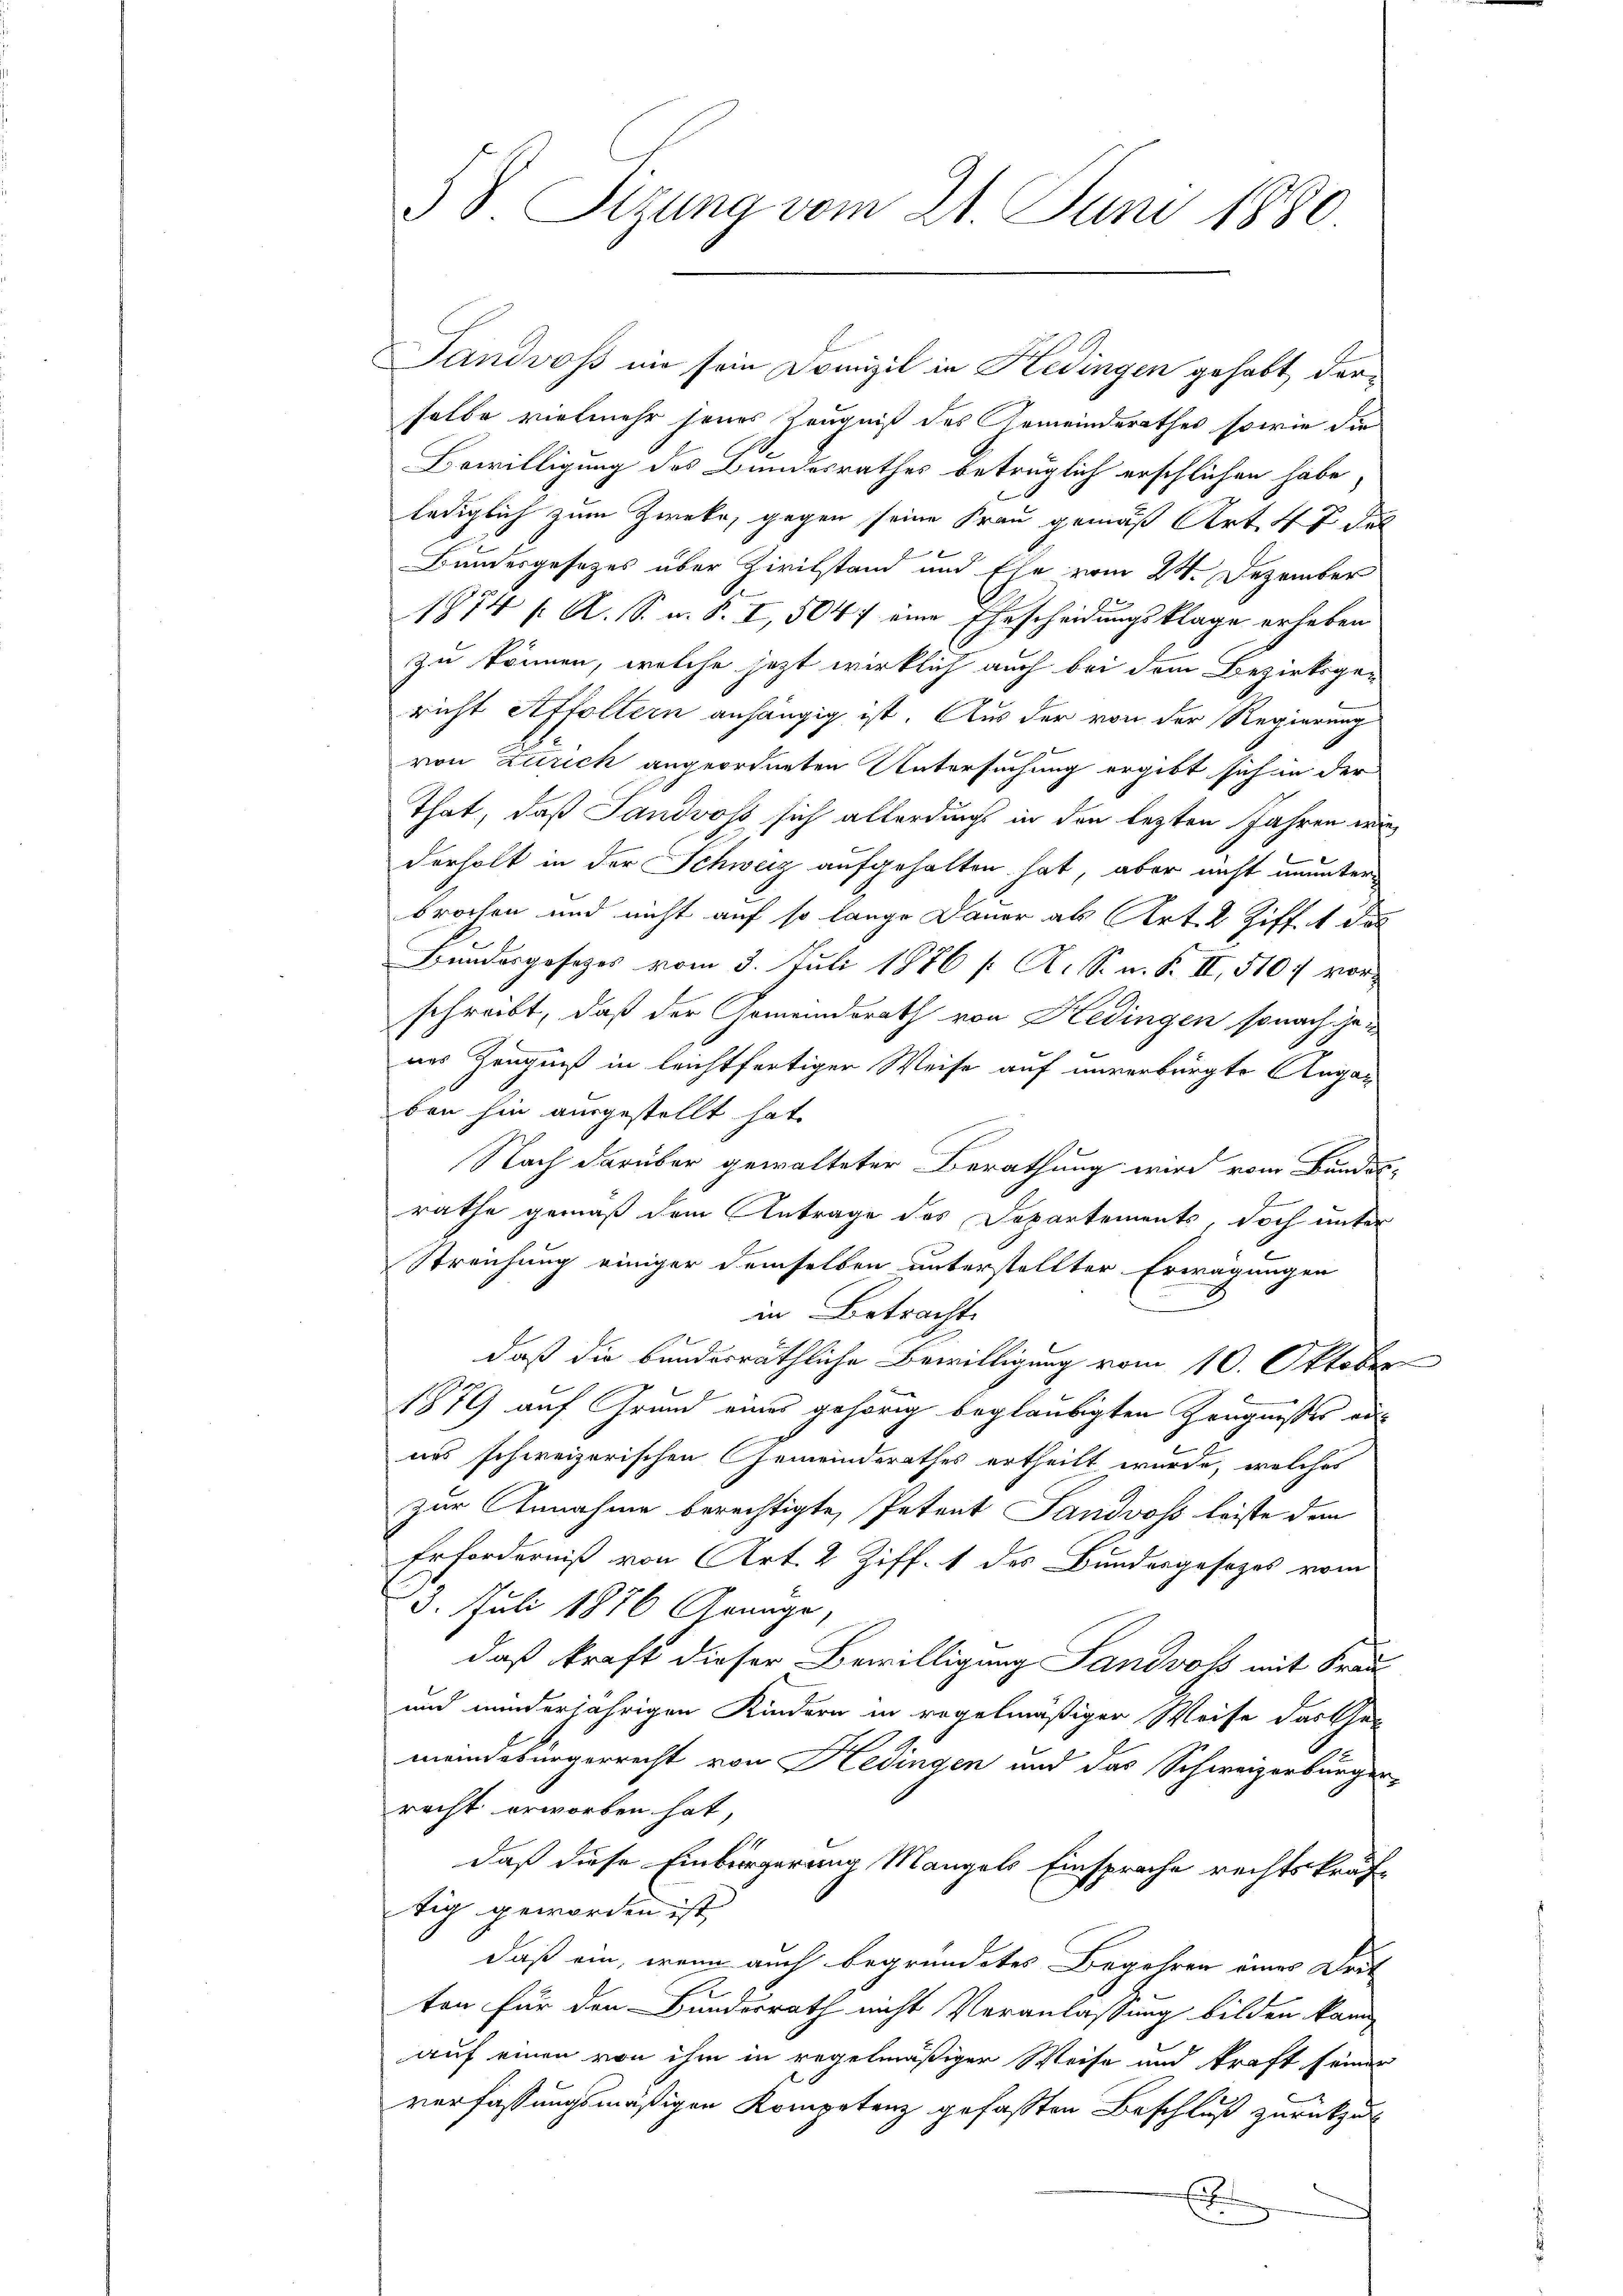
§ 8. Sizung vom 21. Juni 1880

Landros nie sein Domizil in Hedingen gehabt, derselbe vielmehr seines Zeugniß des Gemeinderathes sowie die
Bewilligung des Bundesrathes betrüglich erschlichen habe,
lediglich zum Zweke, gegen seine Frau gemäß Art. 47 del
Bundesgesetzes über Zivilstand und Ehe vom 24. Dezember
1874 f. A. S. z. B. I, 5047 eine Ehescheidungsklage erheben
zu können, welche jetzt wirklich auch bei dem Bezirksgericht Affoltern anhängig ist. Aus der von der Regierung
von Zürich angeordneten Untersuchung ergibt sich in der
That, daß Landvoss sich allerdings in den lezten Jahren wir
derholt in der Schweiz aufgehalten hat, aber nicht ununter
brochen und nicht auf so lange Dauer als Art. 2 Ziff. 1 des
Bundesgesezes vom 3. Juli 1876 /: A. S. n. F. II, 510 f vorschreibt, daß der Gemeindsrath von Hedingen sonach jenes Zeugniß in leichtfertiger Weise auf unverbürgte Angaben hin ausgestellt hat.
Nach darüber gewalteter Berathung wird vom Bundes-
.
rathe gemäß dem Antrage des Departements, doch unter
Streichung einiger demselben unterstellter Erwägungen
in Betracht.
daß die bundesräthliche Bewilligung vom 10. Oktober
1879 auf Grund eines gehörig beglaubigten Zeugnißes aus
e
uns schweizerischen Gemeinderathes ertheilt wurde, welches
zur Annahme berechtigte, Petent Landvos leiste den
Erforderniß von Art. 2 Ziff. 1 des Bundesgesetzes vom
3. Juli 1876 Arnage,
daß kraft dieser Bewilligung Landvoss mit Frau
und minderjährigen Kindern in regelmäßigen Weise das Ge-
.
meindebürgerrecht von Hedingen und das Schweizerbürger-
recht erworben hat,
daß diese Einbürgerung Mangels Einsprache rechtskräftig geworden ist,
daß ein, wenn auch begründetes Begehren eines Drit
ten für den Bundesrath nicht Veranlassung bilden kann
auf einen von ihm in regelmäßiger Weise und kraft seiner
verfassungsmäßigen Kompetenz gefassten Beschluß zurückzul